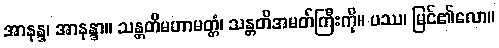
အာနန္ဒ၊ အာနန္ဒာ။ သန္တတိမဟာမတ္တံ၊ သန္တတိအမတ်ကြီးကို။ ပဿ၊ မြင်၏လော။